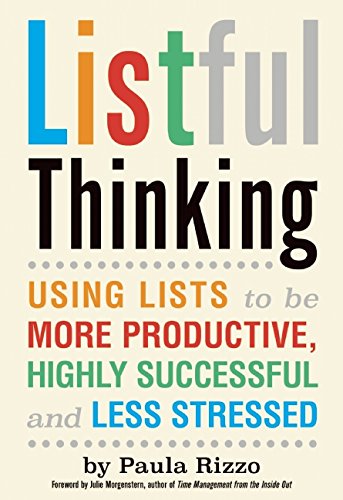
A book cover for Listful Thinking: Using Lists to Be More Productive, Successful and Less Stressed; Paula Rizzo; Self-Help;